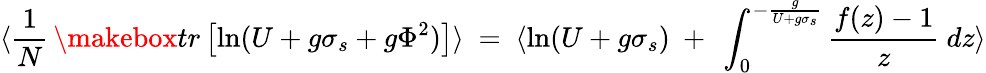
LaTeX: \langle{\frac{1}{N}}\, \makebox{tr}\left[\ln(U+g\sigma_{s}+g\Phi^{2})\right]\rangle\ =\ \langle\ln(U+g\sigma_{s})\ +\ \int_{0}^{-{\frac{g}{U+g\sigma_{s}}}}{\frac{f(z)-1}{z}}\ dz\rangle